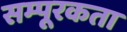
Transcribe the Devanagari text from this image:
सम्पूरकता